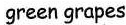
green grapes